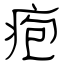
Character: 疱